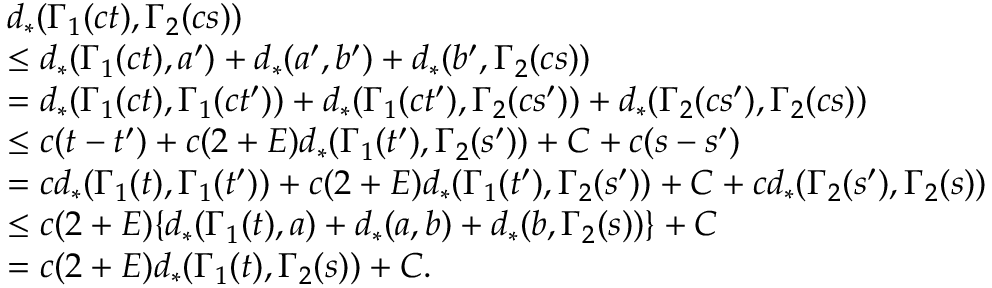
\begin{array} { r l } & { d _ { * } ( \Gamma _ { 1 } ( c t ) , \Gamma _ { 2 } ( c s ) ) } \\ & { \leq d _ { * } ( \Gamma _ { 1 } ( c t ) , a ^ { \prime } ) + d _ { * } ( a ^ { \prime } , b ^ { \prime } ) + d _ { * } ( b ^ { \prime } , \Gamma _ { 2 } ( c s ) ) } \\ & { = d _ { * } ( \Gamma _ { 1 } ( c t ) , \Gamma _ { 1 } ( c t ^ { \prime } ) ) + d _ { * } ( \Gamma _ { 1 } ( c t ^ { \prime } ) , \Gamma _ { 2 } ( c s ^ { \prime } ) ) + d _ { * } ( \Gamma _ { 2 } ( c s ^ { \prime } ) , \Gamma _ { 2 } ( c s ) ) } \\ & { \leq c ( t - t ^ { \prime } ) + c ( 2 + E ) d _ { * } ( \Gamma _ { 1 } ( t ^ { \prime } ) , \Gamma _ { 2 } ( s ^ { \prime } ) ) + C + c ( s - s ^ { \prime } ) } \\ & { = c d _ { * } ( \Gamma _ { 1 } ( t ) , \Gamma _ { 1 } ( t ^ { \prime } ) ) + c ( 2 + E ) d _ { * } ( \Gamma _ { 1 } ( t ^ { \prime } ) , \Gamma _ { 2 } ( s ^ { \prime } ) ) + C + c d _ { * } ( \Gamma _ { 2 } ( s ^ { \prime } ) , \Gamma _ { 2 } ( s ) ) } \\ & { \leq c ( 2 + E ) \{ d _ { * } ( \Gamma _ { 1 } ( t ) , a ) + d _ { * } ( a , b ) + d _ { * } ( b , \Gamma _ { 2 } ( s ) ) \} + C } \\ & { = c ( 2 + E ) d _ { * } ( \Gamma _ { 1 } ( t ) , \Gamma _ { 2 } ( s ) ) + C . } \end{array}